Lunatic asylums Central Provinces reports 1886-1894 - 1886-1894
Year: 1886
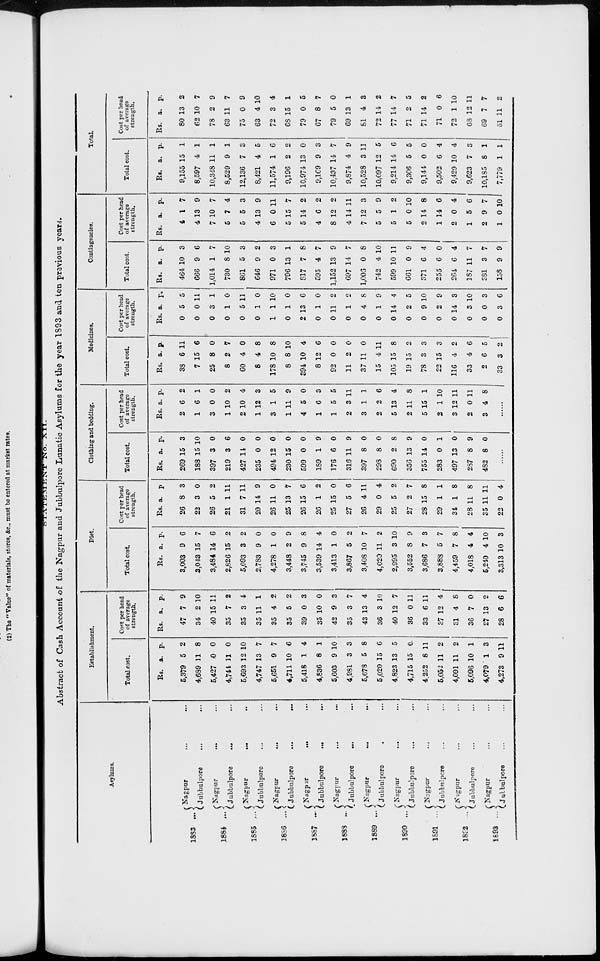
STATEMENT No. XII.
Abstract of Cash Account of the Nagpur and Jubbulpore Lunatic Asylums for the year 1893 and ten previous years.
Asylums.
1883 ...
1884 ...
1885 ...
1886 ...
1887 ...
1888 ...
1889 ...
1890 ...
1891 ...
1892 ...
1893 ...
Nagpur ... ...
Jubbulpore ... ...
Nagpur
... ...
Jubbulpore ... ...
Nagpur
...
...
Jubbulpore ... ...
Nagpur
... ...
Jubbulpore ... ...
Nagpur
...
...
Jubbulpore
...
...
Nagpur ... ...
Jubbulpore
... ...
Nagpur
...
...
Jubbulpore ... ...
Nagpur ... ...
Jubbulpore ... ...
Nagpur ... ...
Jubbulpore ... ...
Nagpur ... ...
Jubbulpore ... ...
Nagpur ... ...
Jubbulpore ... ...
Establishment.
Total cost.
Rs.
5,379
4,689
5,427
4,744
5,693
4,747
5,651
4,711
5,418
4,836
5,603
4,981
5,678
5,020
4,823
4,715
4,252
5,052
4,091
5,096
4,079
4,273
a.
5
11
0
11
12
13
9
10
1
8
9
3
5
15
13
15
8
11
11
10
1
9
p.
2
8
0
0
10
7
7
6
4
1
10
3
8
6
5
0
11
2
2
1
3
11
Cost per head
of average
strength.
Rs.
47
34
40
35
35
35
35
35
39
35
42
35
43
36
40
36
33
37
31
36
27
28
a.
7
2
15
7
3
11
4
5
0
10
9
3
13
3
12
0
6
12
4
7
13
6
p.
9
10
11
2
4
1
2
2
3
0
3
7
4
10
7
11
11
4
8
0
2
6
Diet.
Total cost.
Rs.
3,003
3,043
3,484
2,826
5,093
2,783
4,278
3,448
3,745
3,539
3,413
3,867
3,408
4,020
2,995
3,552
3,686
3,888
4,459
4,018
5,240
3,313
a.
9
15
14
15
3
9
1
2
9
14
1
5
10
11
3
8
7
5
7
4
4
10
p.
6
7
6
2
2
0
0
9
8
4
0
2
7
2
10
9
3
7
8
4
10
3
Cost per head
of average
strength.
Rs.
26
22
26
21
31
20
26
25
26
26
25
27
26
29
25
27
28
29
34
28
35
22
a.
8
3
5
1
7
14
11
13
15
1
15
5
4
0
5
2
15
1
1
11
11
0
p.
3
0
2
11
11
9
0
7
6
2
0
6
11
4
2
7
8
1
8
8
11
4
Clothing and bedding.
Total cost.
Rs.
269
188
397
219
427
235
494
230
599
189
176
316
397
298
690
356
755
283
497
287
482
a.
15
15
3
3
14
0
12
15
0
1
6
11
8
8
2
13
14
0
13
8
8
p.
3
10
0
6
0
0
0
0
0
9
0
9
0
0
8
9
0
1
0
9
0
......
Cost per head
of average
strength.
Rs.
2
1
3
1
2
1
3
1
4
1
1
2
3
2
5
2
5
2
3
2
3
a.
6
6
0
10
10
12
1
11
5
6
5
3
1
2
13
11
15
1
12
0
4
p.
2
1
0
2
4
3
5
9
0
3
5
11
1
6
4
8
1
10
11
11
8
......
Medicines.
Total cost.
Rs.
38
7
25
8
60
8
178
8
394
8
92
11
37
15
105
19
78
22
116
33
2
33
a.
6
15
8
2
4
4
10
8
10
12
0
2
11
4
15
15
3
15
4
4
6
3
p.
11
6
0
7
0
8
8
10
4
6
0
0
0
11
8
2
3
3
2
6
5
2
Cost per head
of average
strength.
Rs.
0
0
0
0
0
0
1
0
2
0
0
0
0
0
0
0
0
0
0
0
0
0
a.
5
0
3
1
5
1
1
1
13
1
11
1
4
1
14
2
9
2
14
3
0
3
p.
5
11
1
0
11
0
10
0
6
0
2
2
8
9
4
5
10
9
3
10
3
6
Contingencies.
Total cost.
Rs.
464
666
1,014
730
861
646
971
796
817
595
1,152
697
1,006
742
599
661
371
255
264
187
381
158
a.
10
9
1
8
5
9
0
13
7
4
13
14
0
4
10
0
6
6
6
11
3
9
p.
3
6
7
10
3
2
3
1
8
7
9
7
8
10
11
9
4
0
4
7
7
9
Cost per head
of average
strength.
Rs.
4
4
7
5
5
4
6
5
5
4
8
4
7
5
5
5
2
1
2
1
2
1
a.
1
13
10
7
5
13
0
15
14
6
12
14
12
5
1
0
14
14
0
5
9
0
p.
7
9
7
4
3
9
11
7
2
2
2
11
3
9
2
10
8
6
4
6
7
10
Total.
Total cost.
Rs.
9,155
8,597
10,348
8,529
12,136
8,421
11,574
9,196
10,974
9,169
10,437
9,874
10,528
10,097
9,214
9,306
9,144
9,502
9,429
9,623
10,185
7,779
a.
15
4
11
9
7
4
1
2
13
9
14
4
3
12
14
5
0
6
10
7
8
1
p.
1
1
1
1
3
5
6
2
0
3
7
9
11
5
6
5
0
4
4
3
1
1
Cost per head
of average
strength.
Rs.
80
62
78
63
75
63
72
68
79
67
79
69
81
72
77
71
71
71
72
68
69
51
a.
13
10
2
11
0
4
3
15
0
8
5
13
4
14
14
2
14
0
1
12
7
11
p.
2
7
9
7
9
10
4
1
5
7
0
1
3
2
7
5
2
6
10
11
7
2